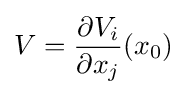
V={\frac {\partial V_{i}}{\partial x_{j}}}(x_{0})